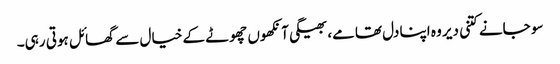
سو جانے کتنی دیر وہ اپنا دل تھامے، بھیگی آنکھوں چھوٹے کے خیال سے گھائل ہوتی رہی۔